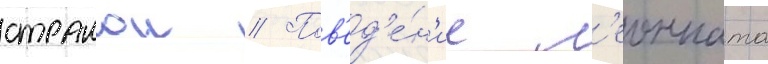
странои // Пов'ед'е́н'ие л'еонната